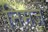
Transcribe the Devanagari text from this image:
निमजे